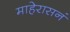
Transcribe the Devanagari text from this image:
माहेरासनं